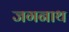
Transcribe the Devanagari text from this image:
जगनाथ